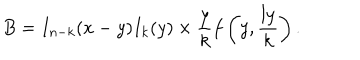
LaTeX: B = I _ { n - k } ( x - y ) I _ { k } ( y ) \times \frac { y } { k } f \left( y , \frac { l y } { k } \right) .